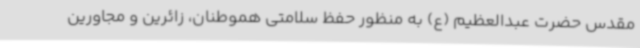
مقدس حضرت عبدالعظیم (ع) به منظور حفظ سلامتی هموطنان، زائرین و مجاورین